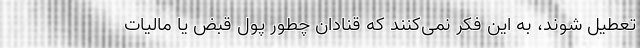
تعطیل شوند، به این فکر نمی‌کنند که قنادان چطور پول قبض یا مالیات